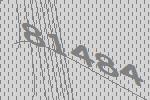
81484